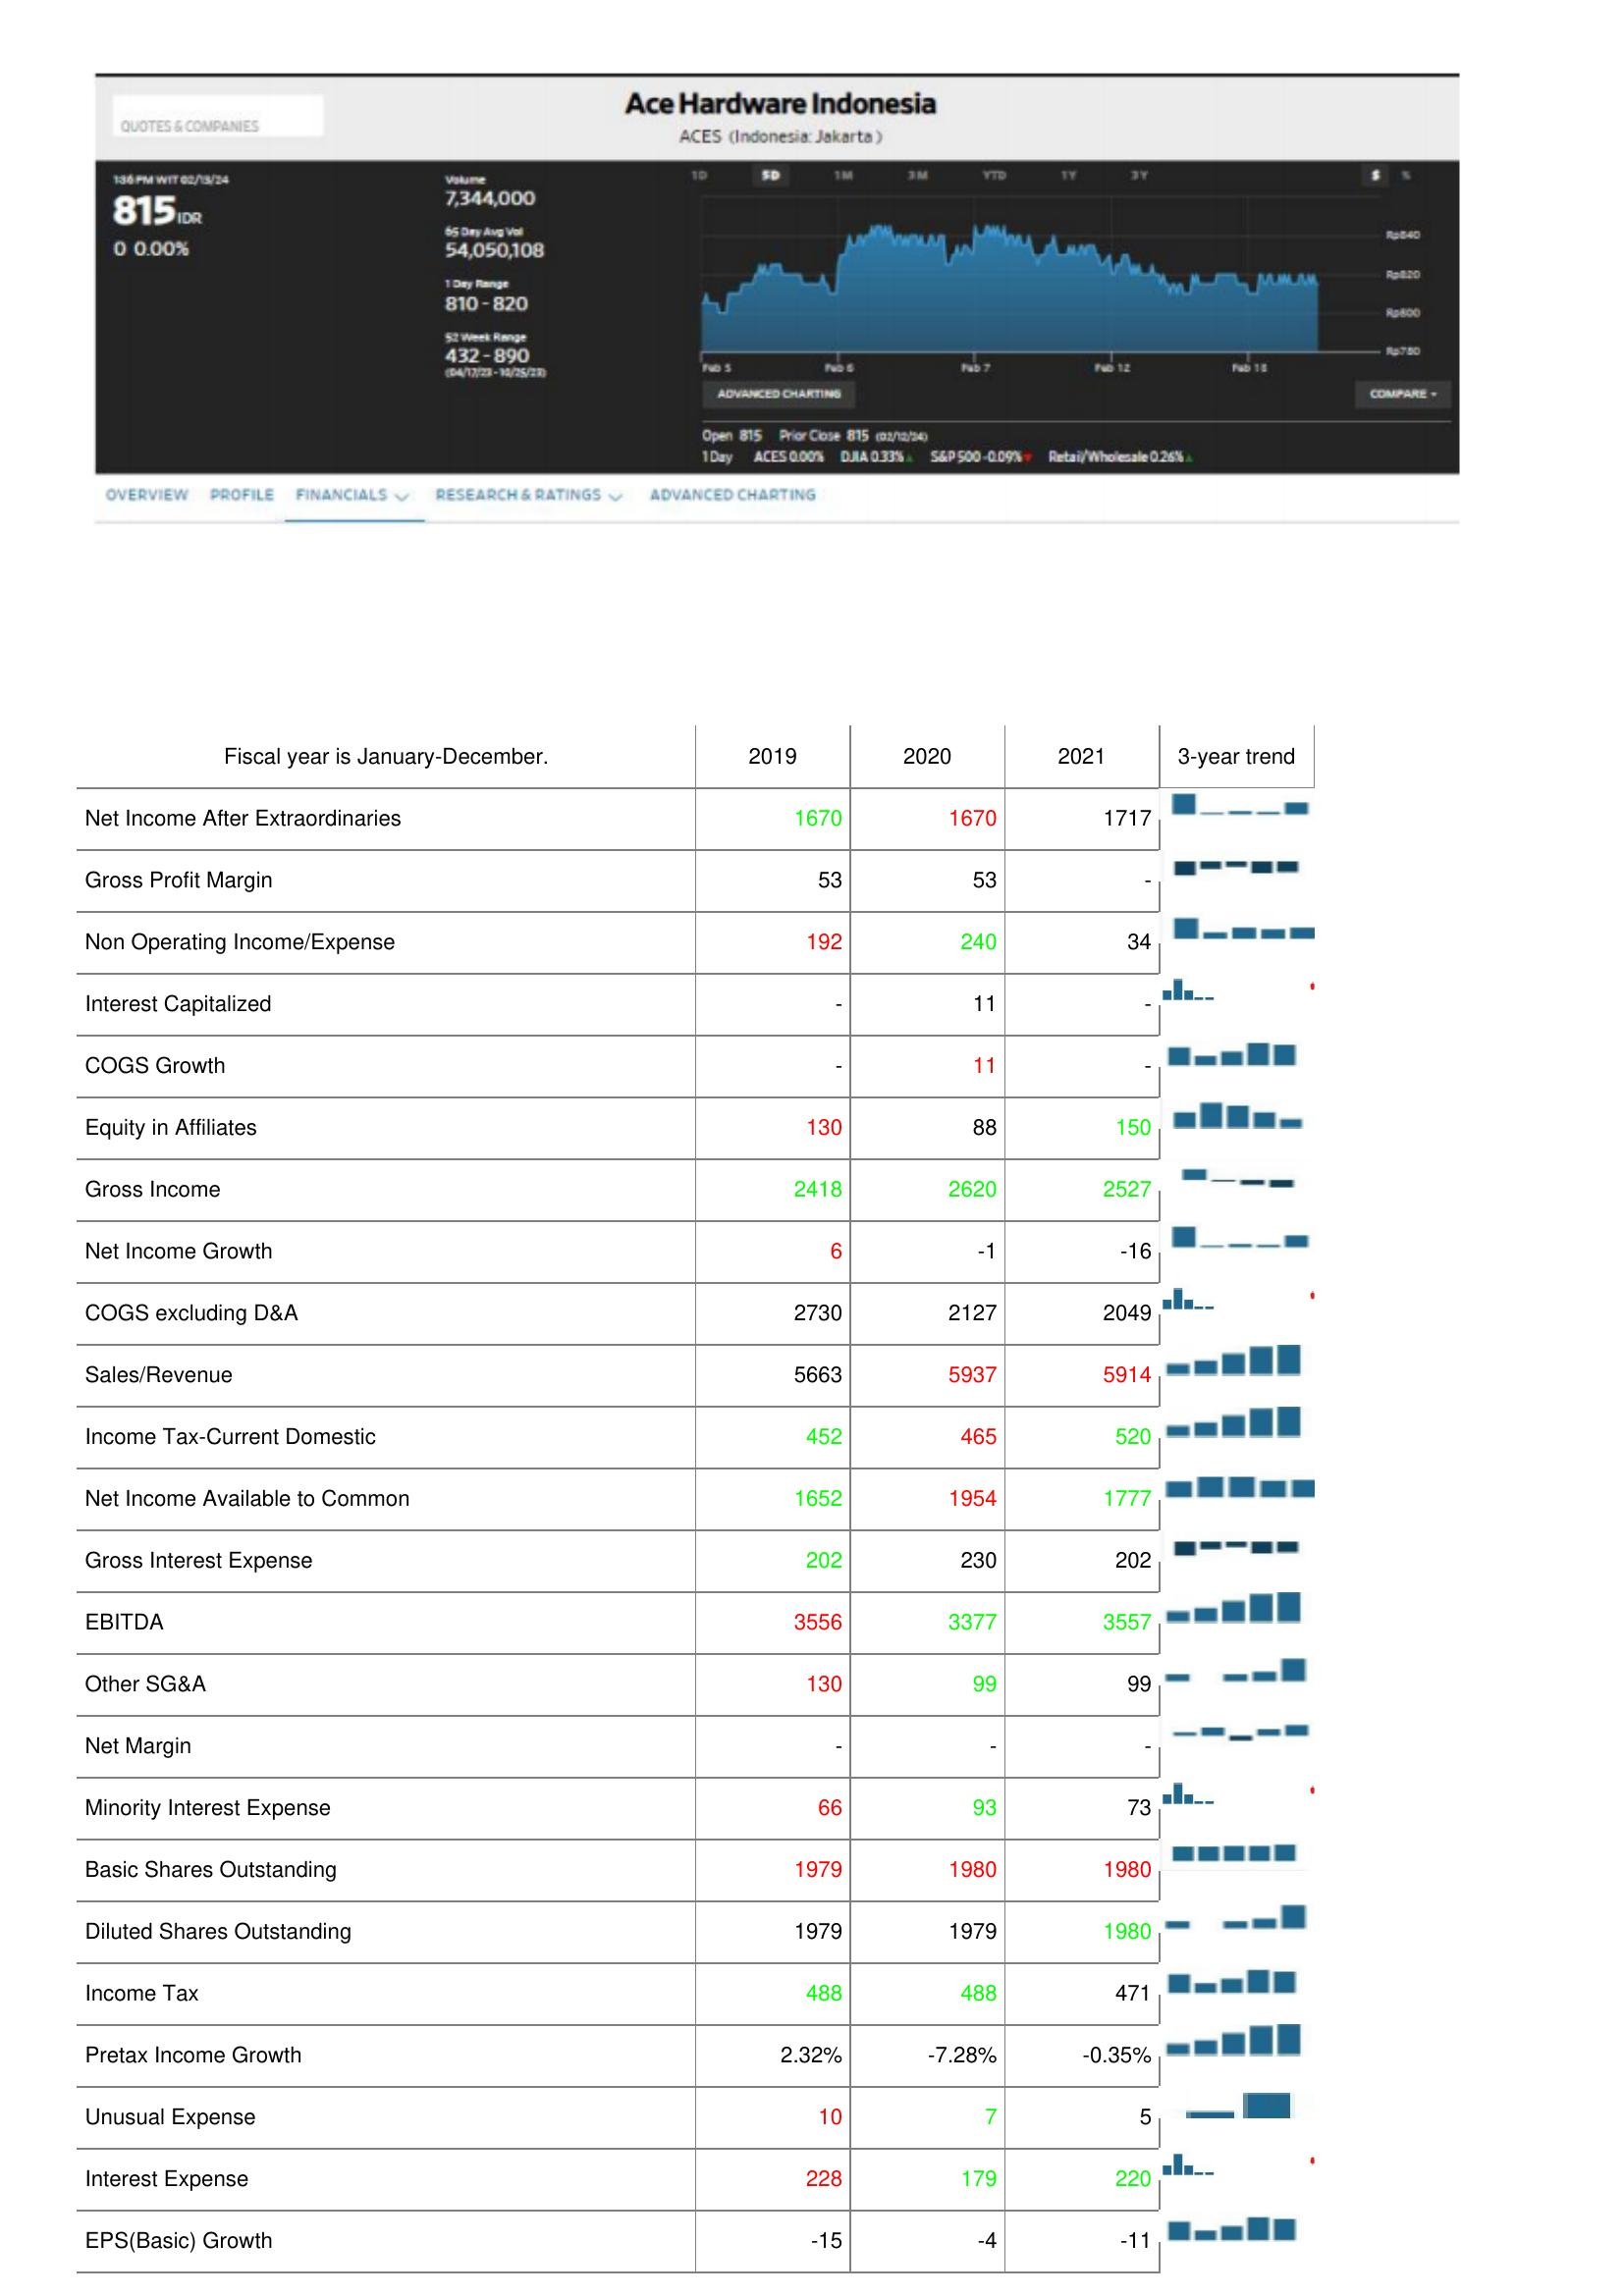
2019: : Net Income After Extraordinaries: 1670
Gross Profit Margin: 53
Non Operating Income/Expense: 192
Interest Capitalized: -
COGS Growth: -
Equity in Affiliates: 130
Gross Income: 2418
Net Income Growth: 6
COGS excluding D&A: 2730
Sales/Revenue: 5663
Income Tax-Current Domestic: 452
Net Income Available to Common: 1652
Gross Interest Expense: 202
EBITDA: 3556
Other SG&A: 130
Net Margin: -
Minority Interest Expense: 66
Basic Shares Outstanding: 1979
Diluted Shares Outstanding: 1979
Income Tax: 488
Pretax Income Growth: 2.32%
Unusual Expense: 10
Interest Expense: 228
EPS(Basic) Growth: -15
2020: : Net Income After Extraordinaries: 1670
Gross Profit Margin: 53
Non Operating Income/Expense: 240
Interest Capitalized: 11
COGS Growth: 11
Equity in Affiliates: 88
Gross Income: 2620
Net Income Growth: -1
COGS excluding D&A: 2127
Sales/Revenue: 5937
Income Tax-Current Domestic: 465
Net Income Available to Common: 1954
Gross Interest Expense: 230
EBITDA: 3377
Other SG&A: 99
Net Margin: -
Minority Interest Expense: 93
Basic Shares Outstanding: 1980
Diluted Shares Outstanding: 1979
Income Tax: 488
Pretax Income Growth: -7.28%
Unusual Expense: 7
Interest Expense: 179
EPS(Basic) Growth: -4
2021: : Net Income After Extraordinaries: 1717
Gross Profit Margin: -
Non Operating Income/Expense: 34
Interest Capitalized: -
COGS Growth: -
Equity in Affiliates: 150
Gross Income: 2527
Net Income Growth: -16
COGS excluding D&A: 2049
Sales/Revenue: 5914
Income Tax-Current Domestic: 520
Net Income Available to Common: 1777
Gross Interest Expense: 202
EBITDA: 3557
Other SG&A: 99
Net Margin: -
Minority Interest Expense: 73
Basic Shares Outstanding: 1980
Diluted Shares Outstanding: 1980
Income Tax: 471
Pretax Income Growth: -0.35%
Unusual Expense: 5
Interest Expense: 220
EPS(Basic) Growth: -11